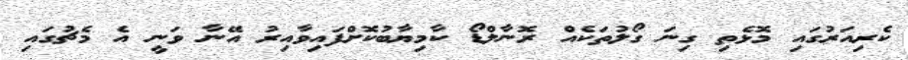
ކެރިއަރުގައި މޮޅެތި ގިނަ ގޯލުތަކެއް ރޮނާލްޑޯ ކާމިޔާބުކޮށްފައިވާއިރު އޭނާ ވަނީ އެ މެޗުގައި